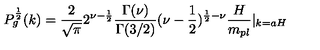
P _ { g } ^ { \frac { 1 } { 2 } } ( k ) = \frac { 2 } { \sqrt { \pi } } 2 ^ { \nu - \frac { 1 } { 2 } } \frac { \Gamma ( \nu ) } { \Gamma ( 3 / 2 ) } ( \nu - \frac { 1 } { 2 } ) ^ { \frac { 1 } { 2 } - \nu } \frac { H } { m _ { p l } } | _ { k = a H }